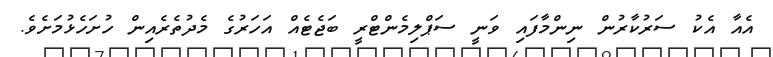
އެއާ އެކު ސަރުކާރުން ނިންމާފައި ވަނީ ސަޕްލިމެންޓްރީ ބަޖެޓެއް އަހަރުގެ މެދުތެރެއިން ހުށަހެޅުމަށެވެ.